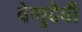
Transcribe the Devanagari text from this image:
वेणुदेवी